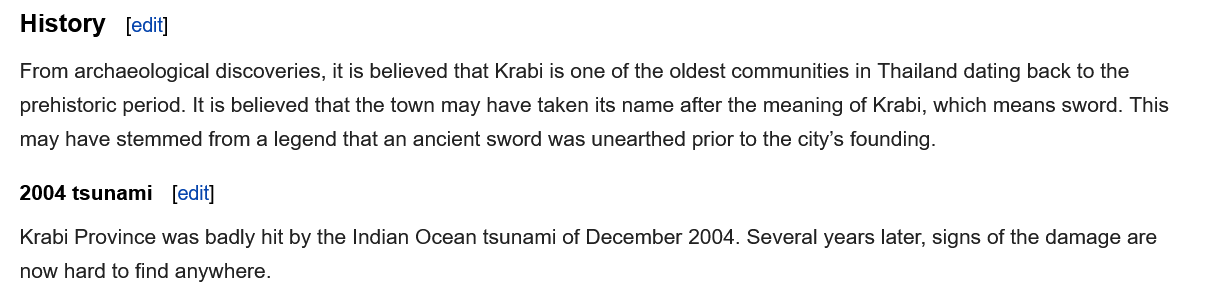
History
  2004 tsunami
  Krabi Province was badly hit by the Indian Ocean tsunami of December 2004. Several years later, signs of the damage are
  now hard to find anywhere.
  From archaeological discoveries, it is believed that Krabi is one of the oldest communities in Thailand dating back to the
  prehistoric period. It is believed that the town may have taken its name after the meaning of Krabi, which means sword. This
  may have stemmed from a legend that an ancient sword was unearthed prior to the city’s founding.
     edit]